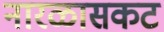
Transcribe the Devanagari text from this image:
नारळासकट